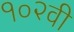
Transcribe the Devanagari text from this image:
१०२वी